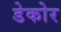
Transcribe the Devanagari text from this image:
डेकोर